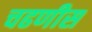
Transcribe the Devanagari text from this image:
चढणीस